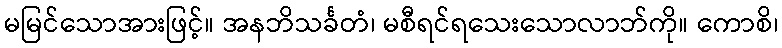
မမြင်သောအားဖြင့်။ အနဘိသင်္ခတံ၊ မစီရင်ရသေးသောလာဘ်ကို။ ကောစိ၊